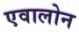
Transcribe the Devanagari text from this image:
एवालोन